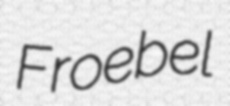
Froebel